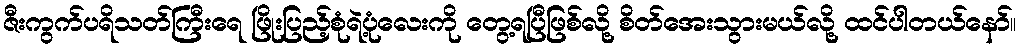
ဇီးကွက်ပရိသတ်ကြီးရေ ဖြိုးပြည့်စုံရဲ့ပုံလေးကို တွေ့ရပြီဖြစ်လို့ စိတ်အေးသွားမယ်လို့ ထင်ပါတယ်နော်။